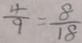
\frac { 4 } { 9 } = \frac { 8 } { 1 8 }